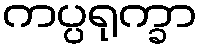
ကပ္ပရုက္ခာ